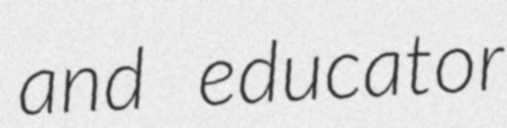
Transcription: and educator